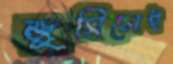
জুসিলেই